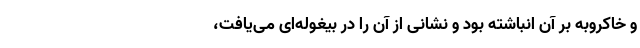
و خاکروبه بر آن انباشته بود و نشانی از آن را در بیغوله‌ای می‌یافت،